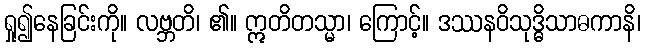
ရှု၍နေခြင်းကို။ လဗ္ဘတိ၊ ၏။ ဣတိတသ္မာ၊ ကြောင့်။ ဒဿနဝိသုဒ္ဓိသာဓကာနိ၊